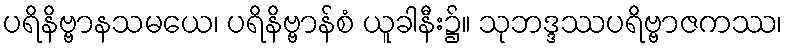
ပရိနိဗ္ဗာနသမယေ၊ ပရိနိဗ္ဗာန်စံ ယူခါနီး၌။ သုဘဒ္ဒဿပရိဗ္ဗာဇကဿ၊